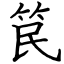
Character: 笢